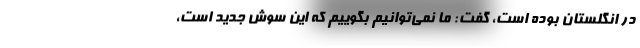
در انگلستان بوده است، گفت: ما نمی‌توانیم بگوییم که این سوش جدید است،